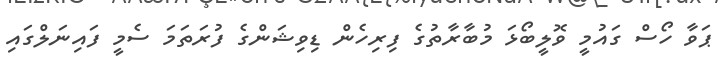
ޕަވާ ހޯސް ގައުމީ ވޮލީބޯޅަ މުބާރާތުގެ ފިރިހެން ޑިވިޝަންގެ ފުރަތަމަ ސެމީ ފައިނަލްގައި